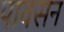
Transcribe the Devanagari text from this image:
पावसन